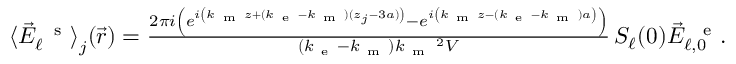
\begin{array} { r } { \langle \vec { E } _ { \ell } ^ { \mathrm { ~ \, ~ s ~ } } \rangle _ { { \textstyle \mathstrut } j } ( \vec { r } ) = \frac { 2 \pi i \left( e ^ { i \left( k _ { \mathrm { ~ m ~ } } z + ( k _ { \mathrm { ~ e ~ } } - k _ { \mathrm { ~ m ~ } } ) ( z _ { j } - 3 a ) \vphantom { b ^ { 2 } } \right) } - e ^ { i \left( k _ { \mathrm { ~ m ~ } } z - ( k _ { \mathrm { ~ e ~ } } - k _ { \mathrm { ~ m ~ } } ) a \vphantom { b ^ { 2 } } \right) } \right) } { ( k _ { \mathrm { ~ e ~ } } - k _ { \mathrm { ~ m ~ } } ) k _ { \mathrm { ~ m ~ } } \, \! \! \, \! \, \, \! \, \, \! \! \, \! \, \, \! \! \, \! \! \, \! \, \, \! \! \, \! \! \, \! \, \, \! \, \, \! \! \, \! \, \, \! \! \, \! \! \, \! \, \, \! \, \, \! \! \, \! \, \, \! \, \, \! \! \, \! \, \, \! \! \, \! \! \, \! \, \, \! \, \, \! \! \, \! \, \, \! \, \, \! \! ^ { 2 } V } \, S _ { \ell } ( 0 ) \vec { E } _ { \ell , 0 } ^ { \mathrm { ~ \, ~ e ~ } } . } \end{array}